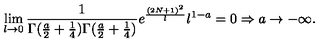
\lim _ { l \rightarrow 0 } \frac { 1 } { \Gamma ( \frac { a } { 2 } + \frac { 1 } { 4 } ) \Gamma ( \frac { a } { 2 } + \frac { 1 } { 4 } ) } e ^ { \frac { ( 2 N + 1 ) ^ { 2 } } { l } } l ^ { 1 - a } = 0 \Rightarrow a \rightarrow - \infty .